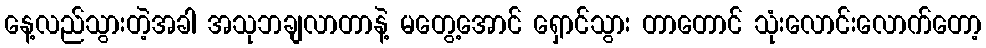
နေ့လည်သွားတဲ့အခါ အသုဘချလာတာနဲ့ မတွေ့အောင် ရှောင်သွား တာတောင် သုံးလောင်းလောက်တော့